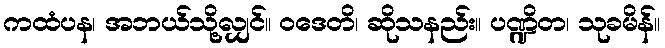
ကထံပန၊ အဘယ်သို့လျှင်။ ဝဒေတိ၊ ဆိုသနည်း။ ပဏ္ဍိတ၊ သုခမိန်။